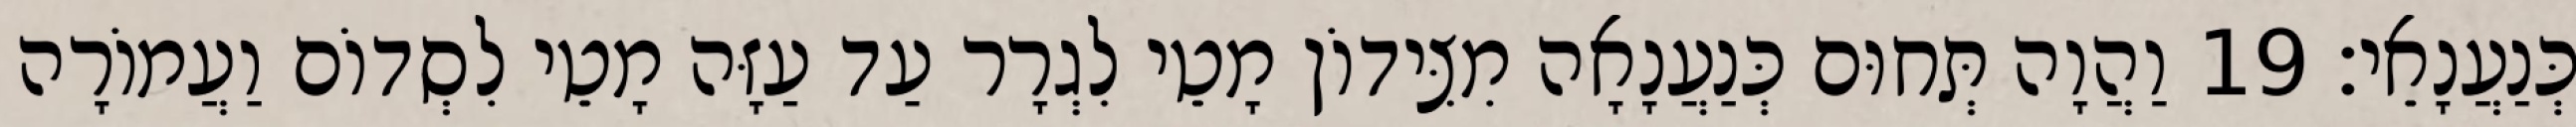
כְּנַעֲנָאֵי׃ 19 וַהֲוָה תְּחוּם כְּנַעֲנָאָה מִצִּידוֹן מָטֵי לִגְרָר עַד עַזָּה מָטֵי לִסְדוֹם וַעֲמוֹרָה